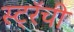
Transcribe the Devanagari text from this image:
स्ट्रॅची